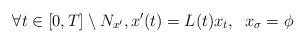
LaTeX: \begin{align*}\forall t \in [0, T] \setminus N_{x'}, x'(t) = L(t)x_t, \; \; x_{\sigma} = \phi\end{align*}